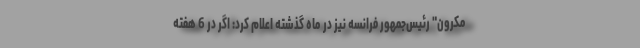
مکرون" رئیس‌جمهور فرانسه نیز در ماه گذشته اعلام کرد: اگر در 6 هفته